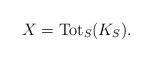
LaTeX: \begin{align*}X =\mathrm{Tot}_S(K_S).\end{align*}